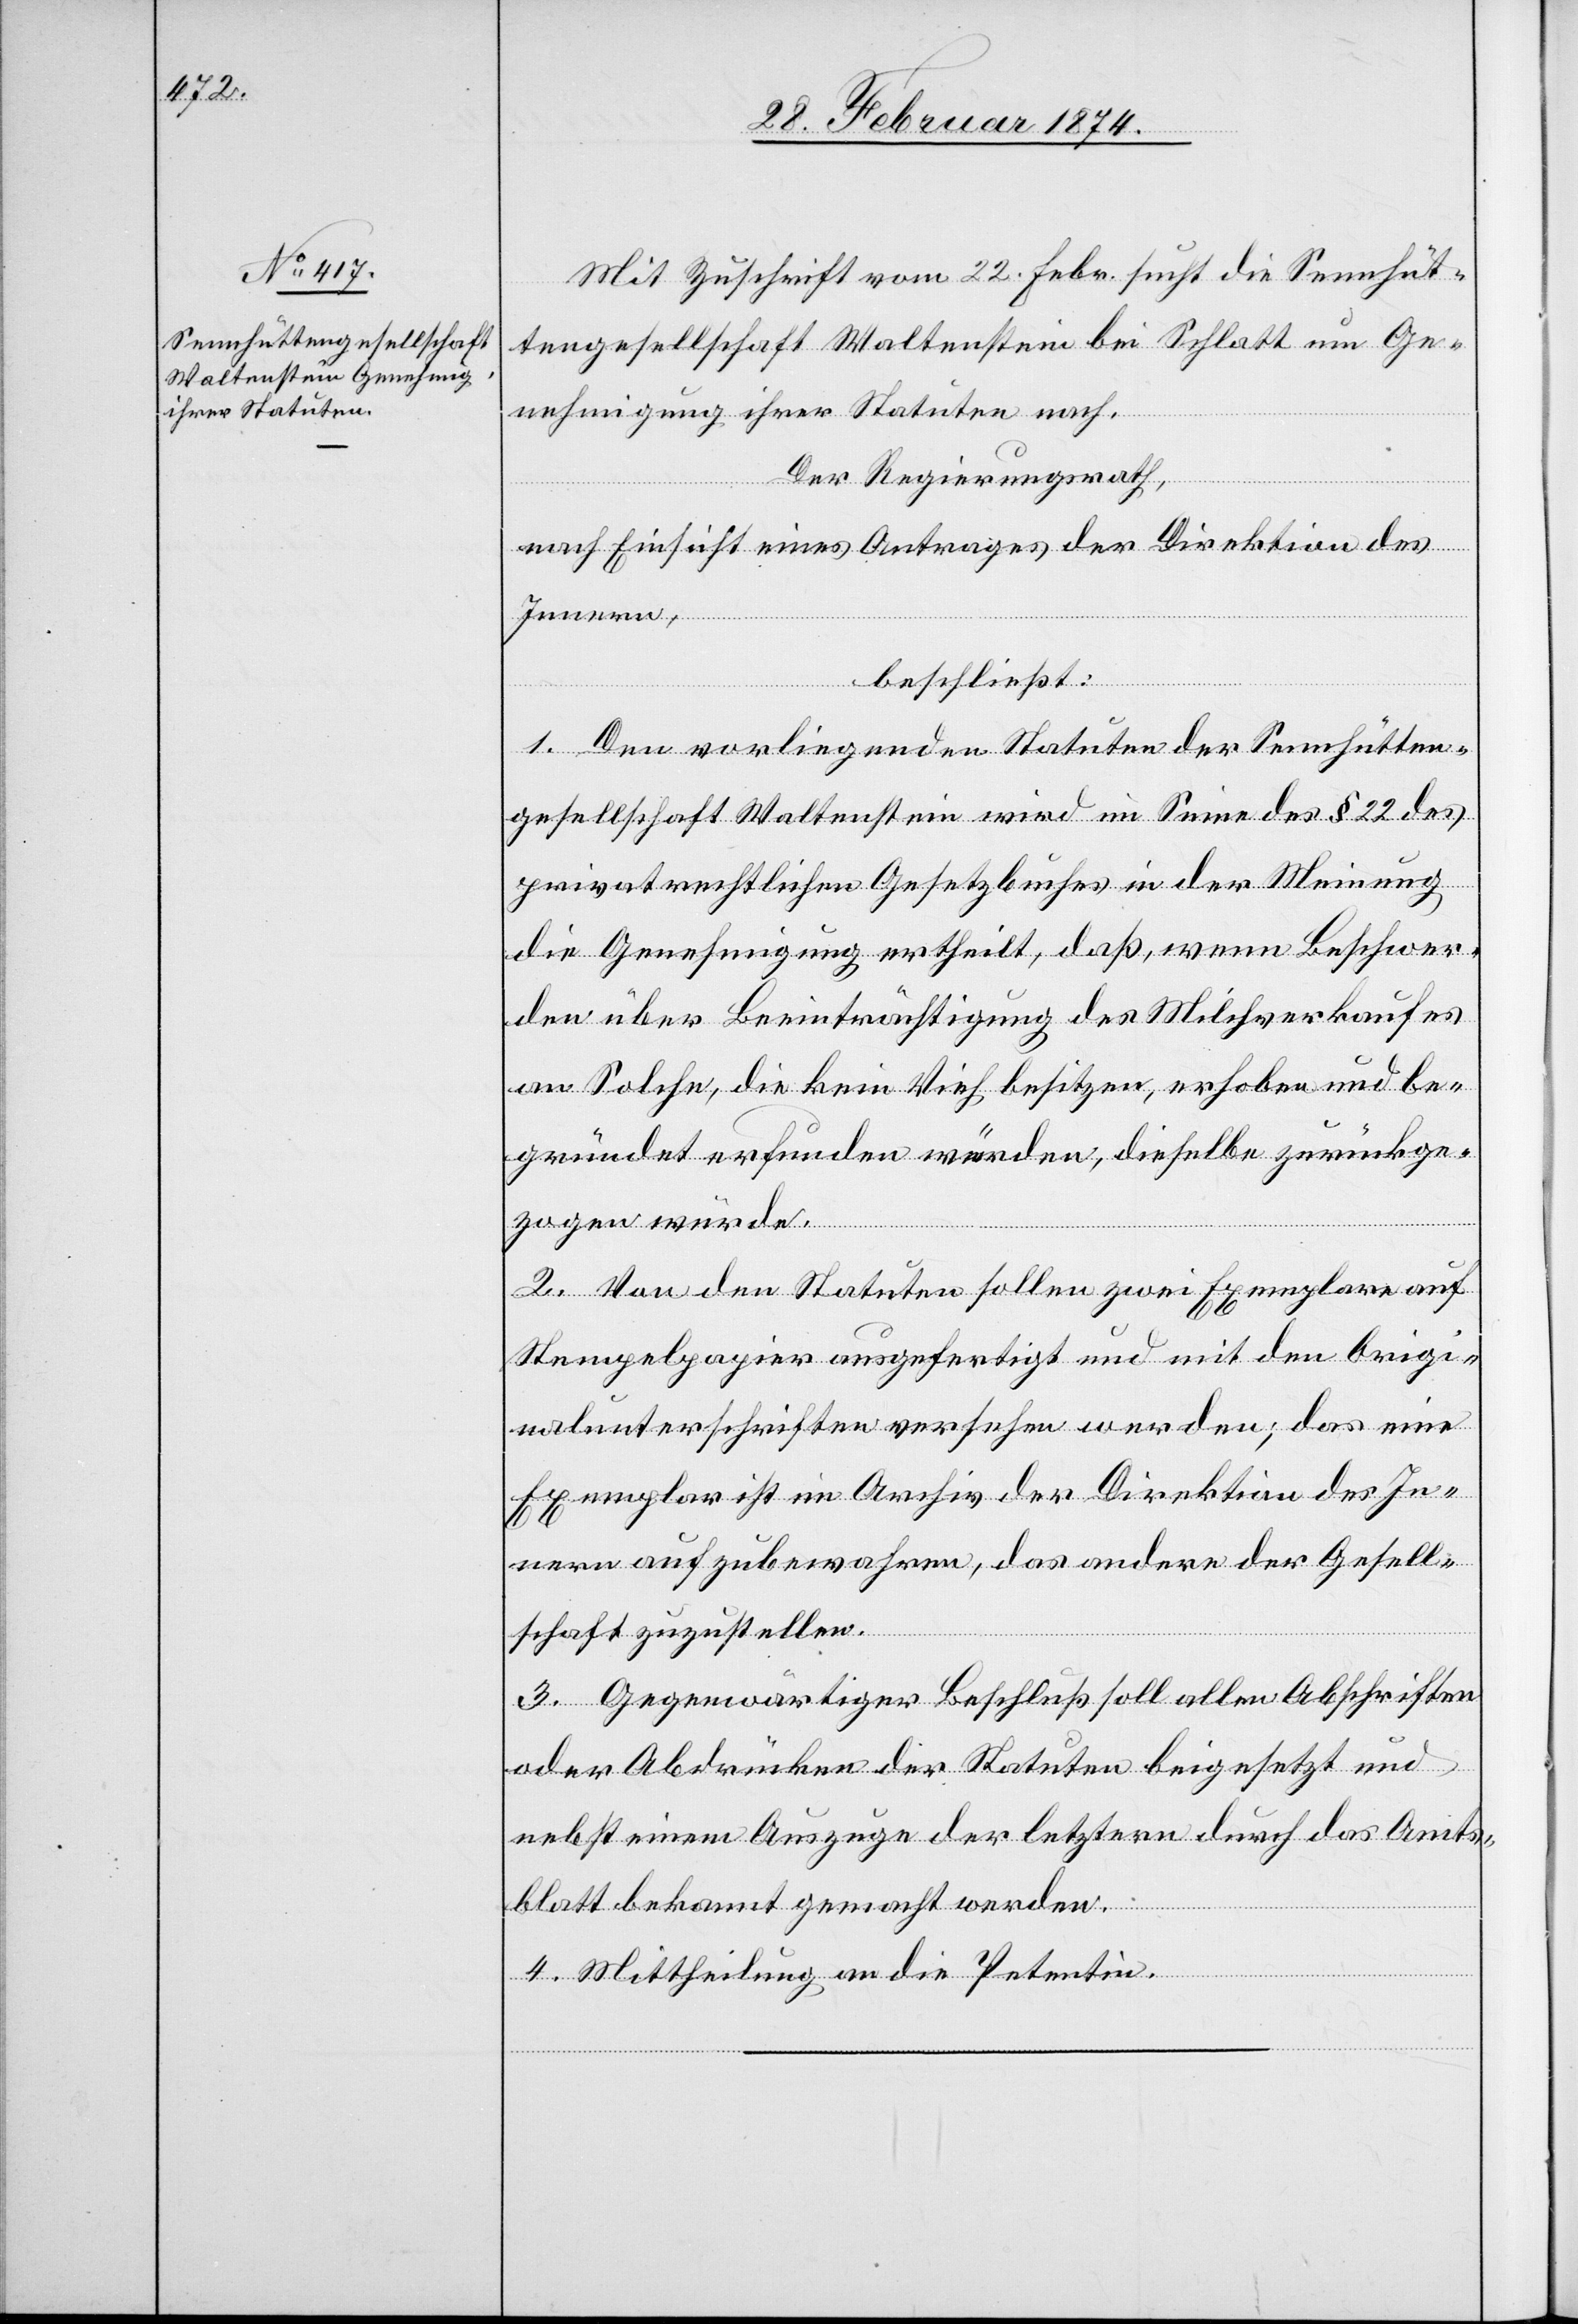
Mit Zuschrift vom 22. Febr. sucht die Sennhüt¬
tengesellschaft Waltenstein bei Schlatt um Ge¬
nehmigung ihrer Statuten nach.
Der Regierungsrath,
nach Einsicht eines Antrages der Direktion des
Innern,
beschließt:
1. Den vorliegenden Statuten der Sennhütten¬
gesellschaft Waltenstein wird im Sinne des § 22 des
privatrechtlichen Gesetzbuches in der Meinung
die Genehmigung ertheilt, daß wenn Beschwer¬
de über Beeinträchtigung des Milchverkaufes
an Solche, die kein Vieh besitzen, erhoben und be¬
gründet erfunden würden, dieselbe zurückge¬
zogen würde.
2. Von den Statuten sollen zwei Exemplare auf
Stempelpapier ausgefertigt und mit den Origi¬
nalunterschriften versehen werden; das eine
Exemplar ist im Archiv der Direktion des In¬
nern aufzubewahren, das andere der Gesell¬
schaft zuzustellen.
3. Gegenwärtiger Beschluß soll allen Abschriften
oder Abdrücken der Statuten beigesetzt und
nebst einem Auszuge der letztern durch das Amts¬
blatt bekannt gemacht werden.
4. Mittheilung an die Petentin.